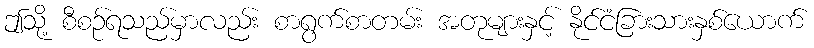
ဤသို့ စီစဉ်ရသည်မှာလည်း စာရွက်စာတမ်း အတုများနှင့် နိုင်ငံခြားသားနှစ်ယောက်